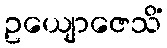
ဥယျောဇေသိံ